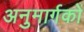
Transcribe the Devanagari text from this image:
अनुमार्गकों